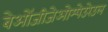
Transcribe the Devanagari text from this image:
बेओंजीजेओम्पेउरेउल